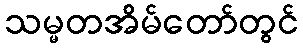
သမ္မတအိမ်တော်တွင်